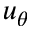
u _ { \theta }